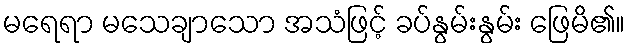
မရေရာ မသေချာသော အသံဖြင့် ခပ်နွမ်းနွမ်း ဖြေမိ၏။